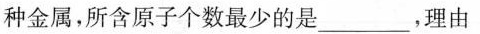
种金属，所含原子个数最少的是___，理由